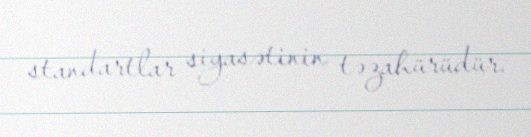
standartlar siyasətinin təzahürüdür.